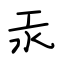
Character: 汞